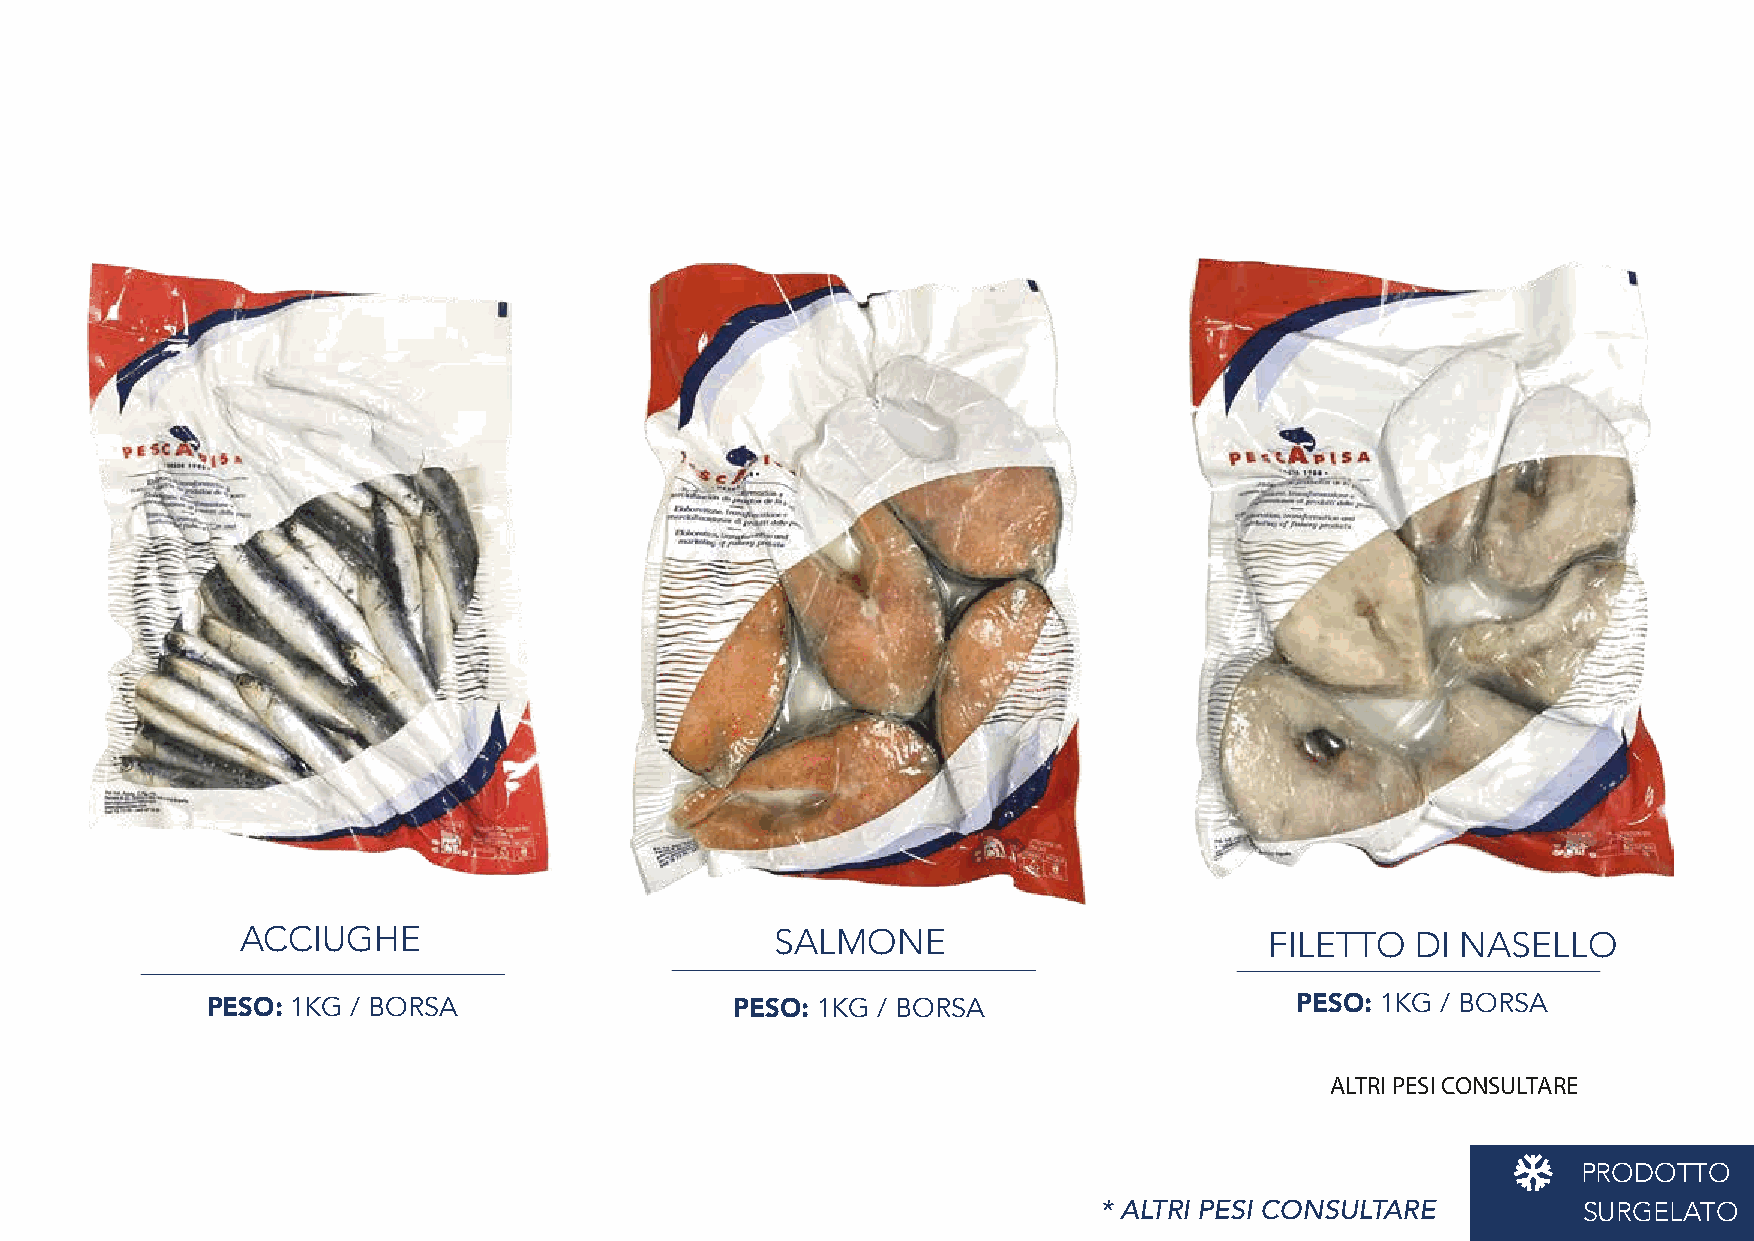
ACCIUGHE                           SALMONE                          FILETTO   DI NASELLO
 PESO: 1KG / BORSA                  PESO: 1KG / BORSA                    PESO: 1KG / BORSA
 ALTRI PESI CONSULTARE
 PRODOTTO
 * ALTRI PESI CONSULTARE         SURGELATO